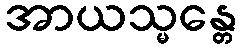
အာယသ္မန္တေ